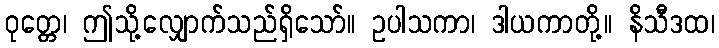
ဝုတ္တေ၊ ဤသို့လျှောက်သည်ရှိသော်။ ဥပါသကာ၊ ဒါယကာတို့။ နိသီဒထ၊